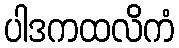
ပါဒကထလိကံ